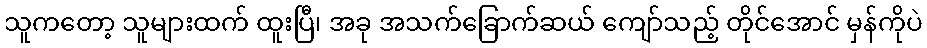
သူကတော့ သူများထက် ထူးပြီ၊ အခု အသက်ခြောက်ဆယ် ကျော်သည့် တိုင်အောင် မှန်ကိုပဲ